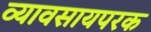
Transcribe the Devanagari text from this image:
व्यावसायपरक